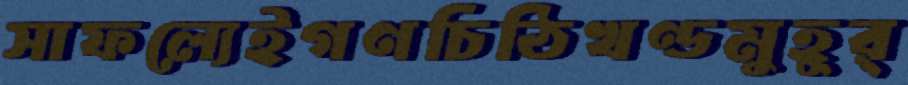
সাফল্যেইগণচিঠিখণ্ডমুহূর্